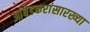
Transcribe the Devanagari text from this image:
आंबेडकरांसारख्या